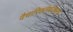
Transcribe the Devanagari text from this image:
वैचारिकतेबरोबरच